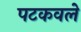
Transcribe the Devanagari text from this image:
पटकवले